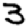
Digit: 3